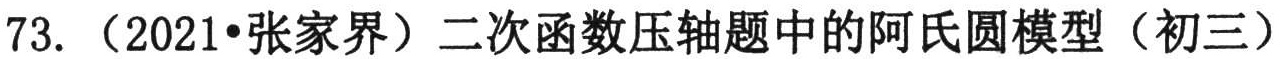
73.（2021•张家界）二次函数压轴题中的阿氏圆模型（初三）